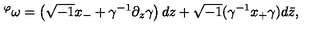
{ } ^ { \varphi } \omega = \left( \sqrt { - 1 } x _ { - } + \gamma ^ { - 1 } \partial _ { z } \gamma \right) d z + \sqrt { - 1 } ( \gamma ^ { - 1 } x _ { + } \gamma ) d \bar { z } ,